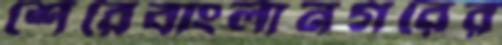
শেরেবাংলানগরের